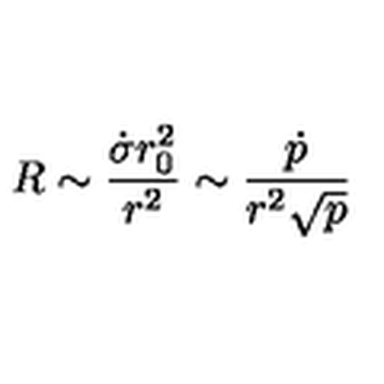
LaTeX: R \sim { \frac { \dot { \sigma } r _ { 0 } ^ { 2 } } { r ^ { 2 } } } \sim { \frac { \dot { p } } { r ^ { 2 } { \sqrt p } } }